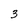
Character: 3